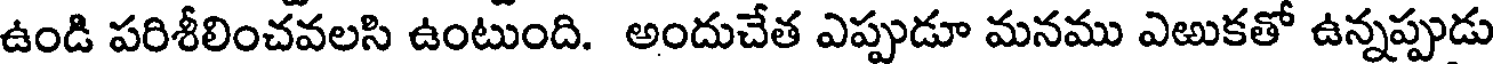
ఉండి పరిశీలించవలసి ఉంటుంది. అందుచేత ఎప్పుడూ మనము ఎఱుకతో ఉన్నప్పుడు